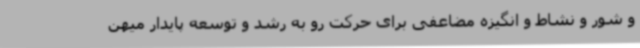
و شور و نشاط و انگیزه مضاعفی برای حرکت رو به رشد و توسعه پایدار میهن